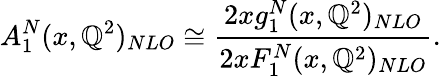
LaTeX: A_{1}^{N}(x,\mathbb{Q}^{2})_{NLO}\cong{\frac{{2xg_{1}^{N}(x,\mathbb{Q}^{2})_{NLO}}}{{2xF_{1}^{N}(x,\mathbb{Q}^{2})_{NLO}}}}.